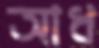
আধ